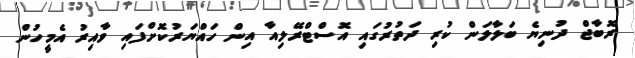
ރޮބާޖް ދުނިޔެ ބަލާލަން ކުރި ދަތުރުގައި އޮސްޓްރޭލިއާ އިން ހައްޔަރުކޮށްފައި ވާއިރު އެމީހުން